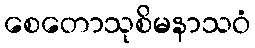
စေတောသုစိမနာသဝံ